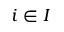
i \in I